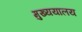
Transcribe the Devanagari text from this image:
मुख्ययालय